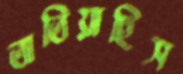
তাতিয়াছিস